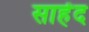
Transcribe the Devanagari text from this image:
साहेंद